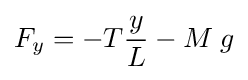
F_{y}=-T{\frac {y}{L}}-M\;g